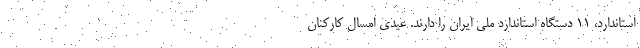
استاندارد، ۱۱ دستگاه استاندارد ملی ایران را دارند. عیدی امسال کارکنان